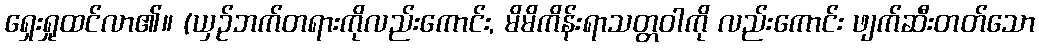
ရှေးရှုထင်လာ၏။ (ယှဉ်ဘက်တရားကိုလည်းကောင်း, မိမိကိန်းရာသတ္တဝါကို လည်းကောင်း ဖျက်ဆီးတတ်သော